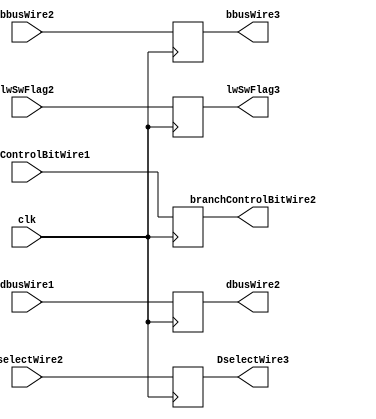
module pipeline_3_latch_4(clk, dbusWire1, DselectWire2, bbusWire2, lwSwFlag2, dbusWire2, DselectWire3,bbusWire3,lwSwFlag3,branchControlBitWire1,branchControlBitWire2);
  input clk;
  input [31:0] dbusWire1, DselectWire2, bbusWire2;
  input [1:0] lwSwFlag2;
  input [1:0] branchControlBitWire1;
  output [31:0] dbusWire2, DselectWire3, bbusWire3;
  output [1:0] lwSwFlag3;
  output [1:0] branchControlBitWire2;
  reg [31:0] dbusWire2, DselectWire3, bbusWire3;
  reg [1:0] lwSwFlag3;
  reg [1:0] branchControlBitWire2;
  always @(posedge clk) begin
    dbusWire2 = dbusWire1;
    DselectWire3 = DselectWire2;
    bbusWire3 = bbusWire2;
    lwSwFlag3 = lwSwFlag2;
    branchControlBitWire2 = branchControlBitWire1;
  end
endmodule